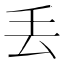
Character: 丢